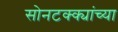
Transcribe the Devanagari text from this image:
सोनटक्क्यांच्या